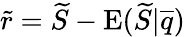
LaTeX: \widetilde{r}=\widetilde{S}-\mathrm{E}(\widetilde{S}|\overline{{q}})